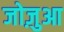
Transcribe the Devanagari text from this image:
जोज़ुआ